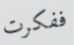
ففكرت